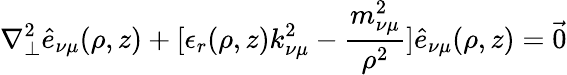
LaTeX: \nabla_{\perp}^{2}\hat{e}_{\nu\mu}(\rho,z)+[\epsilon_{r}(\rho,z)k_{\nu\mu}^{2}-\frac{m_{\nu\mu}^{2}}{\rho^{2}}]\hat{e}_{\nu\mu}(\rho,z)={\vec{0}}